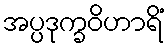
အပ္ပဒုက္ခဝိဟာရိံ